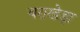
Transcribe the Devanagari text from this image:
बराखेड़ा